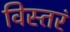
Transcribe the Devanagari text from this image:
विस्तरं